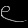
Digit: ၉